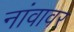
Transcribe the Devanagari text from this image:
नांवावर